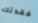
فقدتك